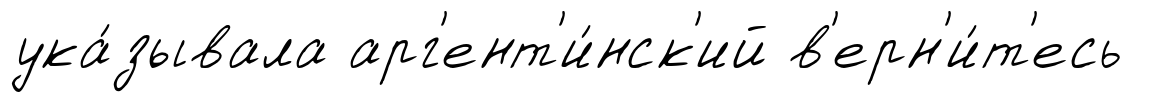
ука́зывала арг'ент'и́нск'ий в'ерн'и́т'есь